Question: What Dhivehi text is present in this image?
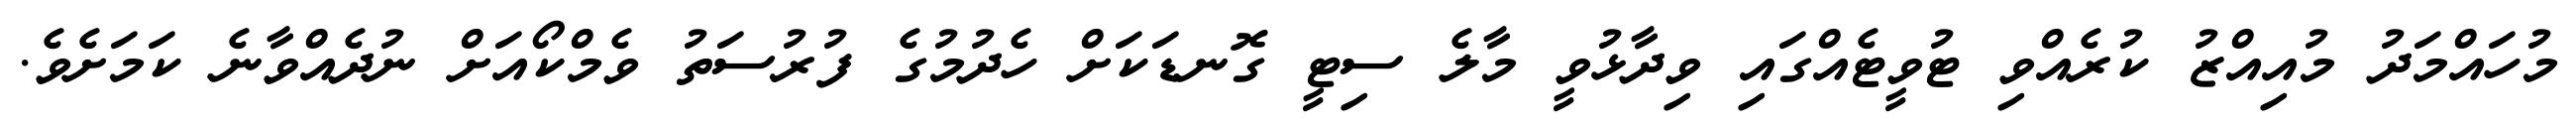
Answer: މުހައްމަދު މުއިއްޒު ކުރެއްވި ޓުވީޓެއްގައި ވިދާޅުވީ މާލެ ސިޓީ ގޮނޑަކަށް ހެދުމުގެ ފުރުސަތު ވެމްކޯއަށް ނުދެއްވާނެ ކަމަށެވެ.